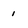
Character: 1